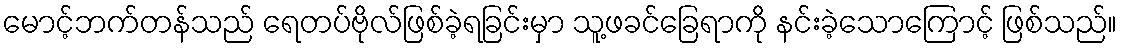
မောင့်ဘက်တန်သည် ရေတပ်ဗိုလ်ဖြစ်ခဲ့ရခြင်းမှာ သူ့ဖခင်ခြေရာကို နင်းခဲ့သောကြောင့် ဖြစ်သည်။